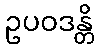
ဥပဝဒန္တိ